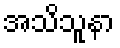
အသိသူနာ